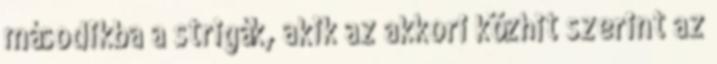
másodikba a strigák, akik az akkori közhit szerint az